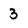
Character: 3